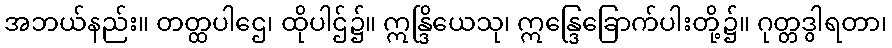
အဘယ်နည်း။ တတ္ထပါဌေ၊ ထိုပါဌ်၌။ ဣန္ဒြိယေသု၊ ဣန္ဒြေခြောက်ပါးတို့၌။ ဂုတ္တဒွါရတာ၊